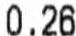
0.26